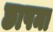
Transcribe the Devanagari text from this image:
छापमा